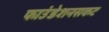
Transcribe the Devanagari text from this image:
फाउंडेशनसकट